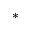
^ { * }